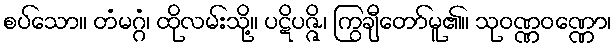
စပ်သော။ တံမဂ္ဂံ၊ ထိုလမ်းသို့။ ပဋိပဇ္ဇိ၊ ကြွချီတော်မူ၏။ သုဝဏ္ဏဝဏ္ဏော၊